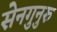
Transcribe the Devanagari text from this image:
सेनगुनुरु